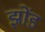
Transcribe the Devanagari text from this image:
झोंड